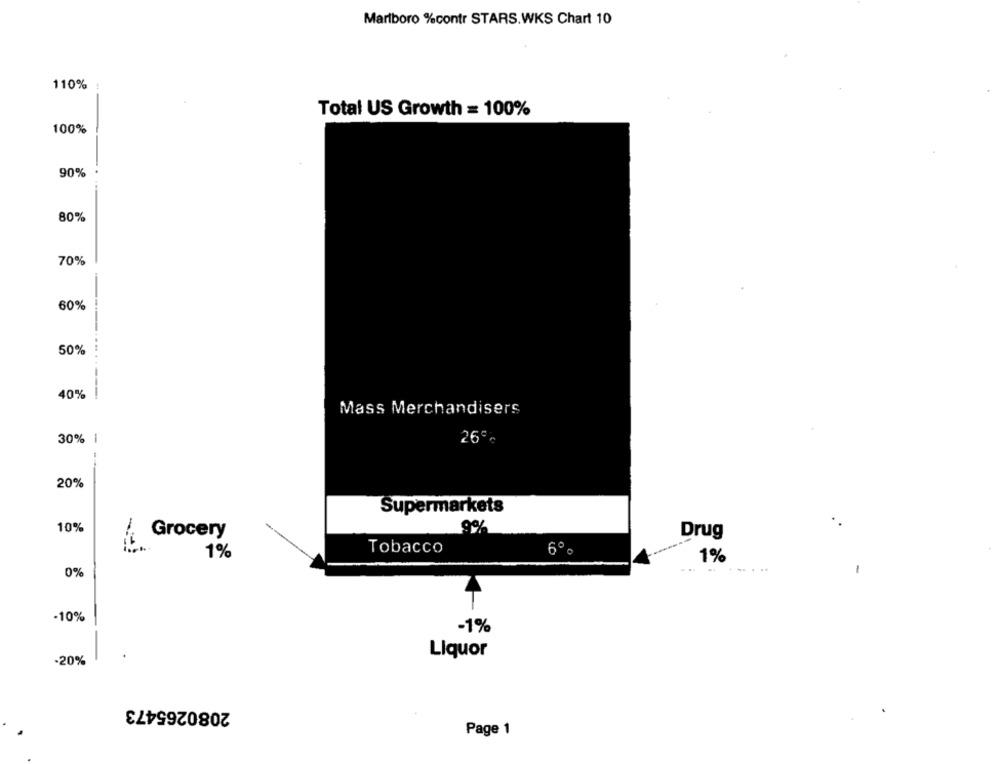
Marlboro %contr STARS.WKS Chart 10
110%
Total US Growth = 100%
100%
90%
80%
70%
60%
50%
40%
Mass Merchandisers
30% 1
26℃
20%
Supermarkets
10%
Grocery
9%
Drug
Tobacco
6º c
1%
1%
0%
-
-10%
-1%
Liquor
-20%
2080265473
Page 1